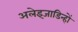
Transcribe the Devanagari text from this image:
अलेइजाडिन्हों